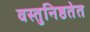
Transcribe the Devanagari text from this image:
वस्तुनिष्ठतेत